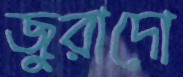
জুরাদো